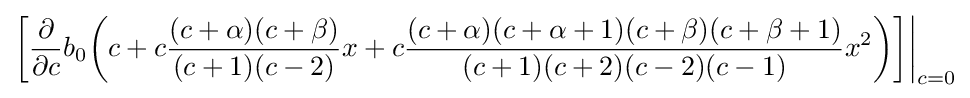
{\bigg [}{\frac {\partial }{\partial c}}b_{0}{\bigg (}c+c{\frac {(c+\alpha )(c+\beta )}{(c+1)(c-2)}}x+c{\frac {(c+\alpha )(c+\alpha +1)(c+\beta )(c+\beta +1)}{(c+1)(c+2)(c-2)(c-1)}}x^{2}{\bigg )}{\bigg ]}{\bigg \vert }_{c=0}